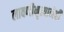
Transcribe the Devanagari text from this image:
लावणीनृत्यानेही